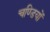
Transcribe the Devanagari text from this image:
चण्डियों